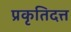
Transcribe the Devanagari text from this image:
प्रकृतिदत्त